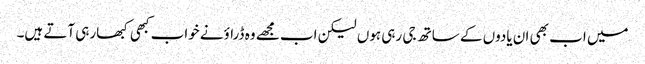
میں اب بھی ان یادوں کے ساتھ جی رہی ہوں لیکن اب مجھے وہ ڈراؤنے خواب کبھی کبھارہی آتے ہیں۔